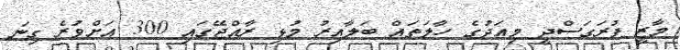
މާޒީ ފުރަގަސްދީ މިއަދުގެ ހާލަތައް ބަލާއިރު މުޅި ރާއްޖޭގައި 300 އަށްވުރެ ގިނަ